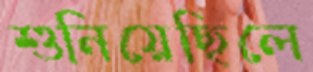
শুনিয়েছিলে